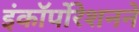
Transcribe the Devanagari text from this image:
इंकॉर्पोरेशनने